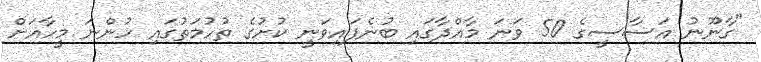
"ގާނޫނު އަސާސީގެ 50 ވަނަ މާއްދާގައި ބުނެފައިވަނީ ކުށުގެ ތުހުމަތުގައި ހުންނަ މީހާއަށް